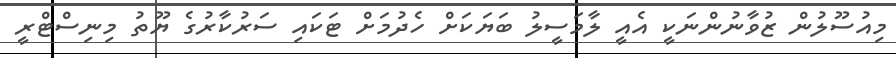
މިއުސޫލުން ޒުވާނުންނަކީ އެއީ ލާމަސީލު ބަޔަކަށް ހެދުމަށް ޓަކައި ސަރުކާރުގެ ޔޫތު މިނިސްޓްރީ